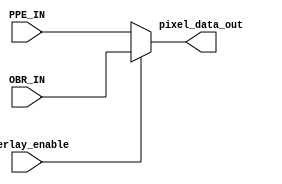
module bit_combiner(
	input [23:0] PPE_IN, 			// Pixel Processing Engine
	input [23:0] OBR_IN,				// Overlay Bit Repeater
	//input clk,							// clock in from higher entity
	input overlay_enable,			// set this enable when you want this exact pixel produce an overlay
	
	output [23:0] pixel_data_out	// output pixel colour value
);

assign pixel_data_out = (overlay_enable == 1'b1) ? OBR_IN : PPE_IN; //conditinal assignment

endmodule